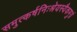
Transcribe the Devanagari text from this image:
समुत्कर्षनिःश्रेयस्यैकमुग्रं